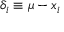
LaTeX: \delta _ { i } \equiv \mu - x _ { i }